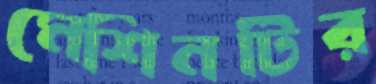
মেশিনটির